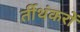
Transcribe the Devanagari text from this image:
र्तीथंकरों